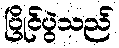
ပြိုင်ပွဲသည်